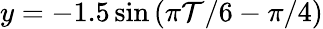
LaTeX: y=-1.5\sin{(\pi\mathcal{T}/6-\pi/4)}